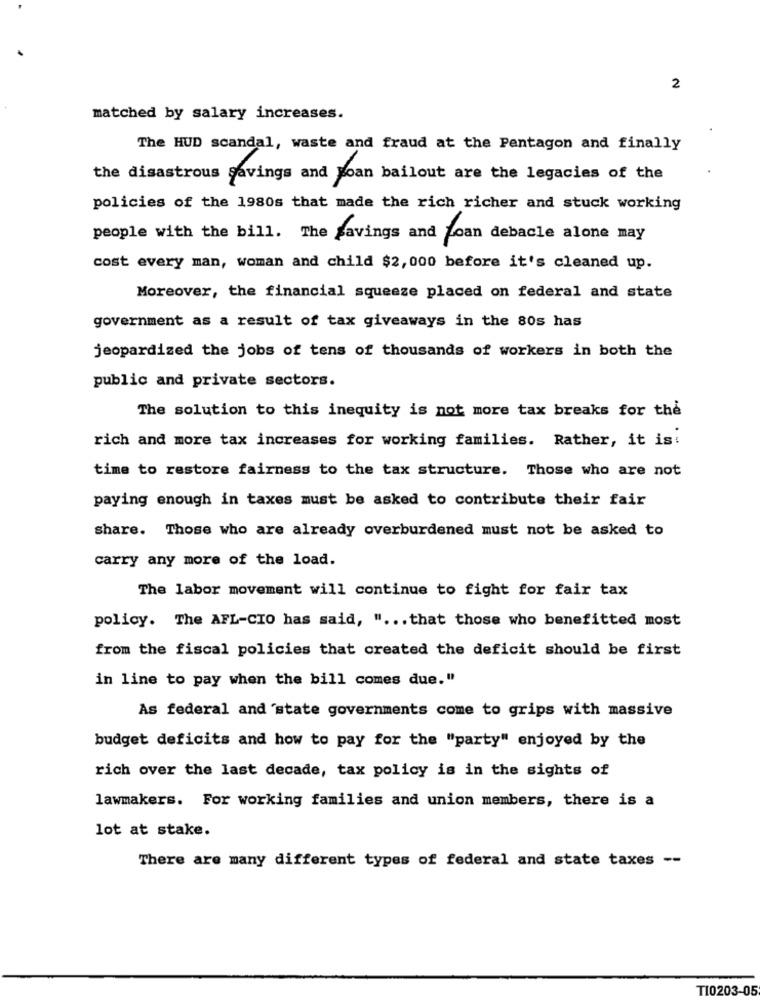
2
matched by salary increases.
The HUD scandal, waste and fraud at the Pentagon and finally
the disastrous savings and Moan bailout are the legacies of the
policies of the 1980s that made the rich richer and stuck working
people with the bill. The savings and Loan debacle alone may
cost every man, woman and child $2, 000 before it's cleaned up.
Moreover, the financial squeeze placed on federal and state
government as a result of tax giveaways in the 80s has
jeopardized the jobs of tens of thousands of workers in both the
public and private sectors.
The solution to this inequity is not more tax breaks for the
rich and more tax increases for working families. Rather, it is:
time to restore fairness to the tax structure. Those who are not
paying enough in taxes must be asked to contribute their fair
share. Those who are already overburdened must not be asked to
carry any more of the load.
The labor movement will continue to fight for fair tax
policy. The AFL-CIO has said, " ... that those who benefitted most
from the fiscal policies that created the deficit should be first
in line to pay when the bill comes due."
As federal and state governments come to grips with massive
budget deficits and how to pay for the "party" enjoyed by the
rich over the last decade, tax policy is in the sights of
lawmakers. For working families and union members, there is a
lot at stake.
There are many different types of federal and state taxes --
TI0203-05